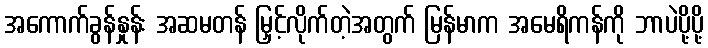
အကောက်ခွန်နှုန်း အဆမတန် မြှင့်လိုက်တဲ့အတွက် မြန်မာက အမေရိကန်ကို ဘာပဲပို့ပို့